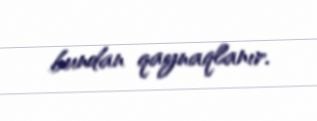
bundan qaynaqlanır.